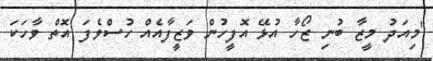
''މިއަދު މީޒާ ބުނި ޒޯހާ އުޅޭ އޮފީހުން ވަޒީފާއެއް ހުސްވެފަ އޮތް ވާހަކަ